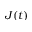
J ( t )